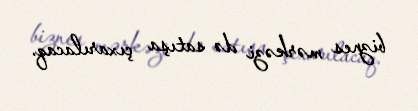
biznes mərkəzi də satışa çıxarılacaq.